Elephants and their diseases
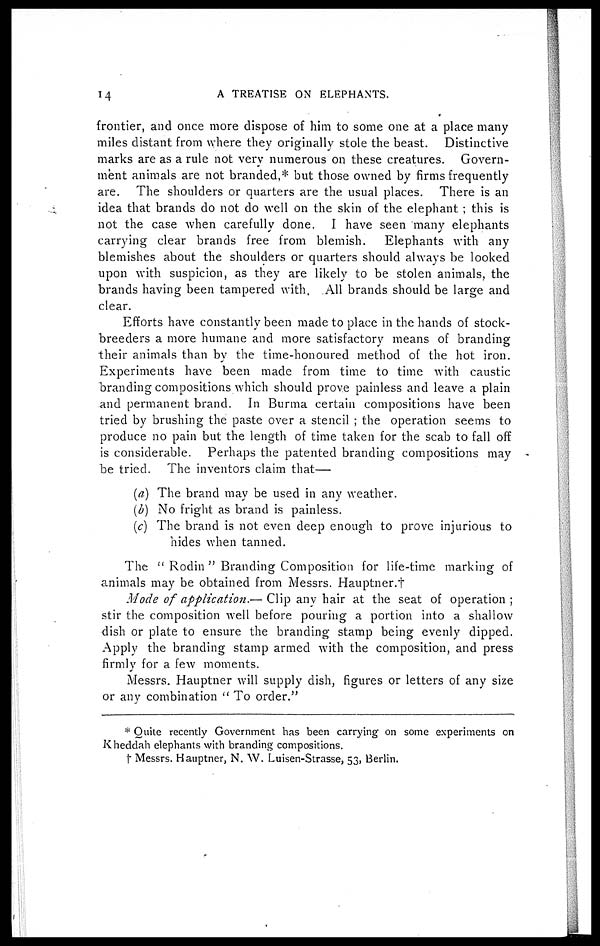
14
A TREATISE ON ELEPHANTS.
frontier, and once more dispose of him to some one at a place many
miles distant from where they originally stole the beast. Distinctive
marks are as a rule not very numerous on these creatures. Govern-
ment animals are not branded,* but those owned by firms frequently
are. The shoulders or quarters are the usual places. There is an
idea that brands do not do well on the skin of the elephant ; this is
not the case when carefully done. I have seen many elephants
carrying clear brands free from blemish.
Elephants with any
blemishes about the shoulders or quarters should always be looked
upon with suspicion, as they are likely to be stolen animals, the
brands having been tampered with. All brands should be large and
clear.
Efforts have constantly been made to place in the hands of stock-
breeders a more humane and more satisfactory means of branding
their animals than by the time-honoured method of the hot iron.
Experiments have been made from time to time with caustic
branding compositions which should prove painless and leave a plain
and permanent brand. In Burma certain compositions have been
tried by brushing the paste over a stencil ; the operation seems to
produce no pain but the length of time taken for the scab to fall off
is considerable. Perhaps the patented branding compositions may
be tried. The inventors claim that—
(a) The brand may be used in any weather.
(b) No fright as brand is painless.
(c) The brand is not even deep enough to prove injurious to
hides when tanned.
The " Rodin " Branding Composition for life-time marking of
animals may be obtained from Messrs. Hauptner.†
Mode of application.— Clip any hair at the seat of operation;
stir the composition well before pouring a portion into a shallow
dish or plate to ensure the branding stamp being evenly dipped.
Apply the branding stamp armed with the composition, and press
firmly for a few moments.
Messrs. Hauptner will supply dish, figures or letters of any size
or any combination " To order"
* Quite recently Government has been carrying on some experiments on
Kheddah elephants with branding compositions.
† Messrs. Hauptner, N. W. Luisen-Strasse, 53, Berlin.